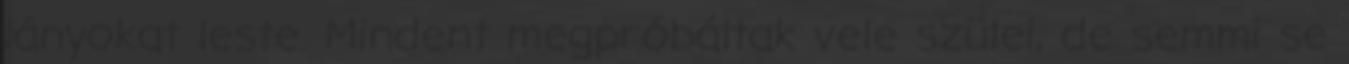
lányokat leste. Mindent megpróbáltak vele szülei, de semmi se